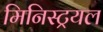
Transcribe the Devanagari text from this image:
मिनिस्ट्रयल